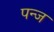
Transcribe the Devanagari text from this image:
पन्ज